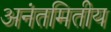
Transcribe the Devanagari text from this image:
अनंतमितीय